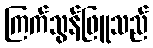
ကြက်သွန်ဖြူသည်